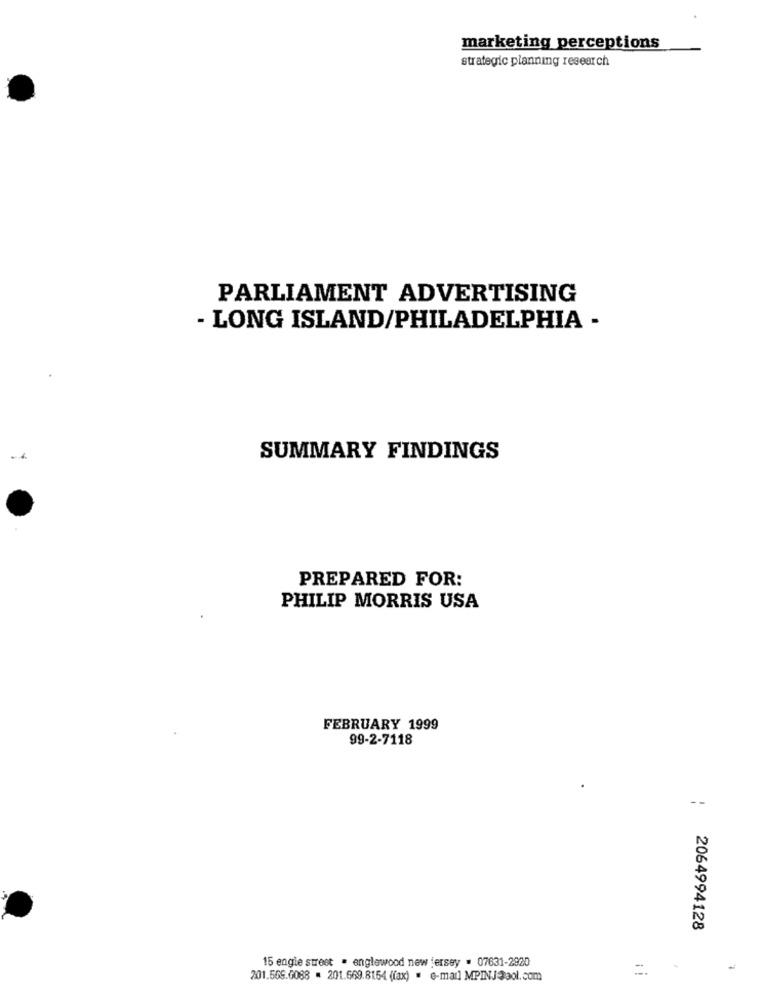
marketing perceptions
strategic planning research
PARLIAMENT ADVERTISING
- LONG ISLAND/PHILADELPHIA -
SUMMARY FINDINGS
PREPARED FOR:
PHILIP MORRIS USA
FEBRUARY 1999
99-2-7118
: 2064994128
15 engie street . englewood new jersey . 07631-2920
=.
201.569.0088 . 201.669.8154 (fax) . e-mail MPINJ@aol.com